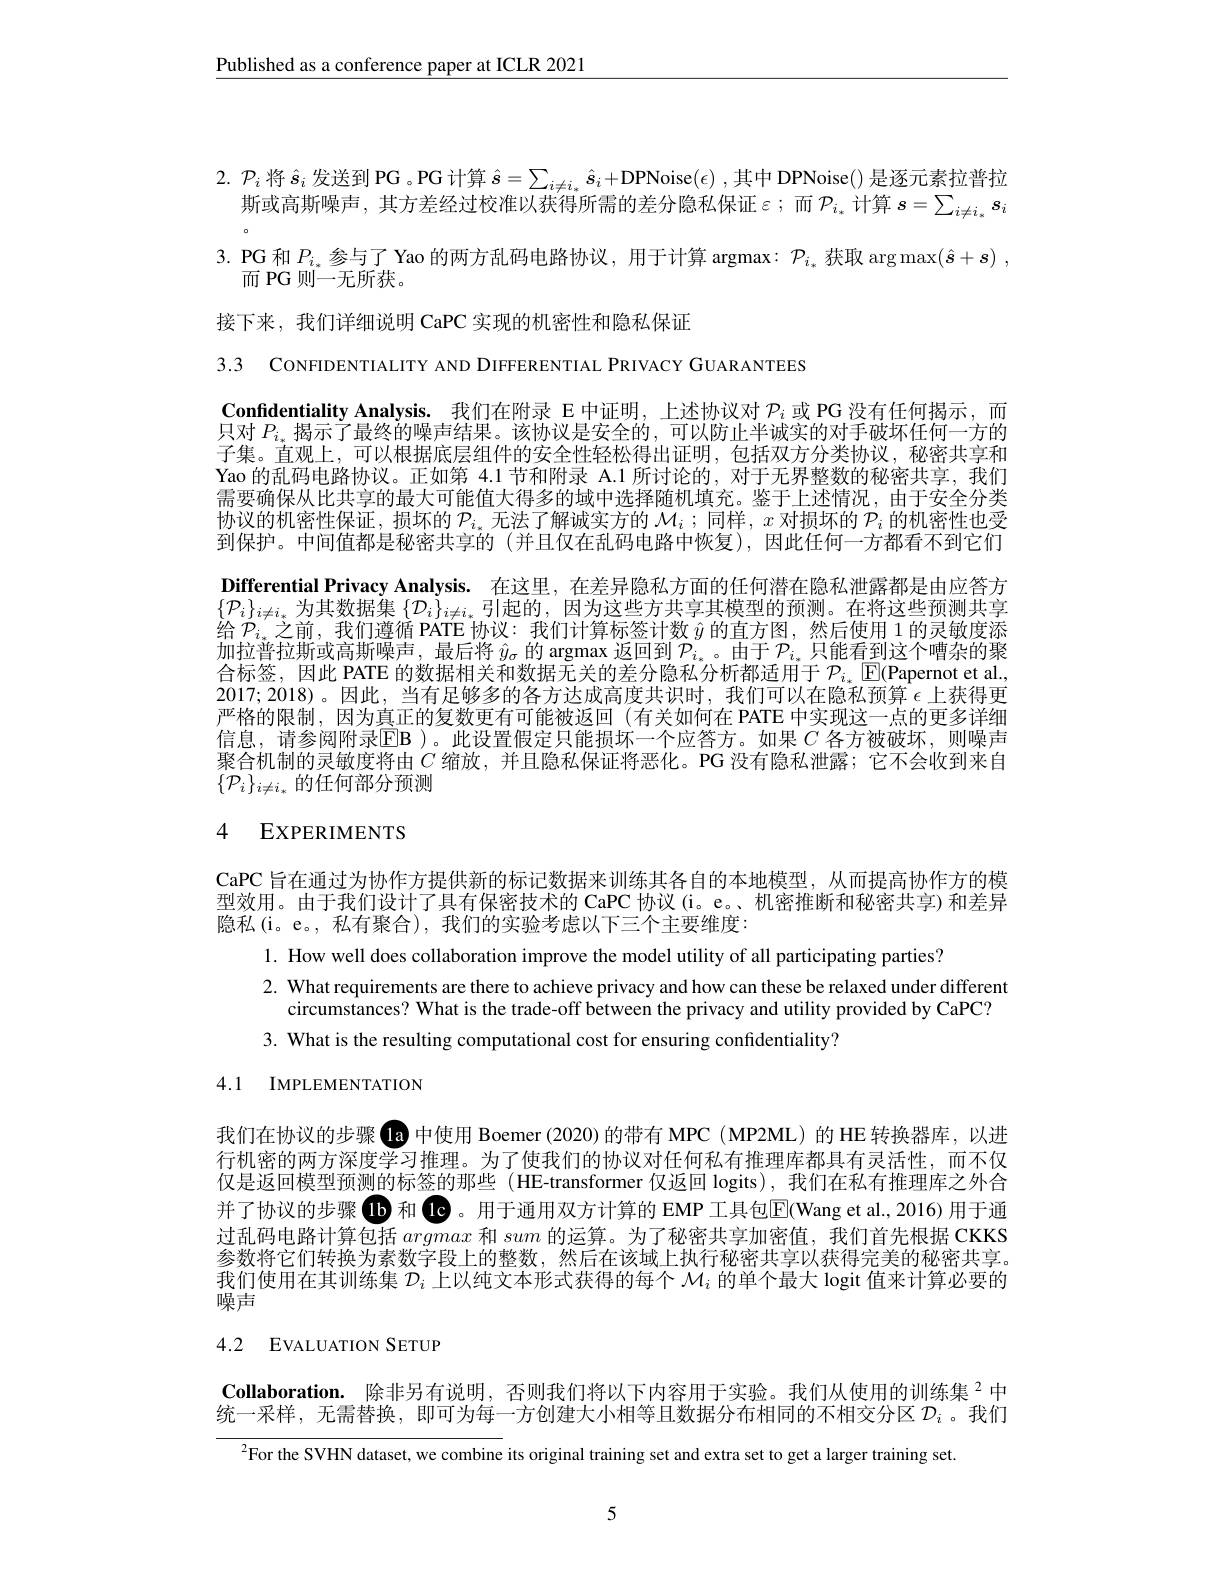
$\underline{\text{Published as a conference paper at ICLR 2021}}$

2. $\mathcal{P}_i$将$\hat{s}_i$发送到 PG 。PG 计算$\hat{s}=\sum_{i\neq i_*}\hat{s}_i+$DPNoise($\epsilon)$,其中 DPNoise() 是逐元素拉普拉
斯或高斯噪声，其方差经过校准以获得所需的差分隐私保证$\varepsilon$;而$\mathcal{P}_i_*$计算$s=\sum_i\neq i_*s_i$ 3. PG 和$P_i_*$参与了 Yao 的两方乱码电路协议，用于计算 argmax: $\mathcal{P}_i_*$获取$\arg \max ( \hat{s} + \boldsymbol{s})$ ,
而 PG 则一无所获。
接下来，我们详细说明 CaPC 实现的机密性和隐私保证

3.3 CONFIDENTIALITY AND DIFFERENTIAL PRIVACY GUARANTEES

Confidentiality Analysis. 我们在附录 E 中证明，上述协议对$\mathcal{P}_i$或 PG 没有任何揭示，而只对$P_{i_*}$揭示了最终的噪声结果。该协议是安全的，可以防止半诚实的对手破坏任何一方的子集。直观上，可以根据底层组件的安全性轻松得出证明，包括双方分类协议，秘密共享和Yao 的乱码电路协议。正如第 4.1 节和附录 A.1 所讨论的，对于无界整数的秘密共享，我们需要确保从比共享的最大可能值大得多的域中选择随机填充。鉴于上述情况，由于安全分类协议的机密性保证，损坏的$\mathcal{P}_i_*$无法了解诚实方的$\mathcal{M}_i;$同样$,x$对损坏的$\mathcal{P}_i$的机密性也受到保护。中间值都是秘密共享的(并且仅在乱码电路中恢复),因此任何一方都看不到它们Differential Privacy Analysis. 在这里，在差异隐私方面的任何潜在隐私泄露都是由应答方$\{\mathcal{P}_i\}_{i\neq i_*}$为其数据集$\left\{\mathcal{D}_i\right\}_{i\neq i_*}$引起的，因为这些方共享其模型的预测。在将这些预测共享给$\mathcal{P}_i$。之前，我们遵循 PATE 协议：我们计算标签计数 $\hat{y}$ 的直方图，然后使用 1 的灵敏度添加拉普拉斯或高斯噪声，最后将$\hat{y}_\sigma$的 argmax 返回到$\mathcal{P}_i_*$。由于$\mathcal{P}_i_*$只能看到这个嘈杂的聚合标签，因此 PATE 的数据相关和数据无关的差分隐私分析都适用于$\mathcal{P}_i_*\operatorname{E}($Papernot et al., 2017;2018)。因此，当有足够多的各方达成高度共识时，我们可以在隐私预算$\epsilon$上获得更严格的限制，因为真正的复数更有可能被返回(有关如何在 PATE 中实现这一点的更多详细信息，请参阅附录$\operatorname{EB}$)。此设置假定只能损坏一个应答方。如果 $C$ 各方被破坏，则噪声聚合机制的灵敏度将由$C$缩放，并且隐私保证将恶化。PG 没有隐私泄露；它不会收到来自$\{\mathcal{P}_i\}_{i\neq i_*}$的任何部分预测

# 4 EXPERIMENTS

CaPC 旨在通过为协作方提供新的标记数据来训练其各自的本地模型，从而提高协作方的模型效用。由于我们设计了具有保密技术的 CaPC 协议(i。e。、机密推断和秘密共享) 和差异隐私(i。e。, 私有聚合), 我们的实验考虑以下三个主要维度：

1. How well does collaboration improve the model utility of all participating parties?
2. What requirements are there to achieve privacy and how can these be relaxed under different
circumstances? What is the trade-off between the privacy and utility provided by CaPC?
3. What is the resulting computational cost for ensuring confidentiality?

4.1 IMPLEMENTATION

我们在协议的步骤 la 中使用 Boemer (2020)的带有 MPC (MP2ML) 的 HE 转换器库，以进行机密的两方深度学习推理。为了使我们的协议对任何私有推理库都具有灵活性，而不仅仅是返回模型预测的标签的那些(HE-transformer 仅返回 logits),我们在私有推理库之外合并了协议的步骤 1b 和 Le 。用于通用双方计算的 EMP 工具包$\overline {\mathrm{E} }($Wang et al. , 2016) 用于通过乱码电路计算包括argmax和sum的运算。为了秘密共享加密值，我们首先根据 CKKS 参数将它们转换为素数字段上的整数，然后在该域上执行秘密共享以获得完美的秘密共享。我们使用在其训练集$\mathcal{D}_i$上以纯文本形式获得的每个$\mathcal{M}_i$的单个最大 logit 值来计算必要的噪声

# 4.2 EVALUATION SETUP

Collaboration. 除非另有说明，否则我们将以下内容用于实验。我们从使用的训练集$^{2}$中统一采样，无需替换，即可为每一方创建大小相等且数据分布相同的不相交分区$\mathcal{D}_i$ 。我们

$^{2}$For the SVHN dataset, we combine its original training set and extra set to get a larger training set.

5